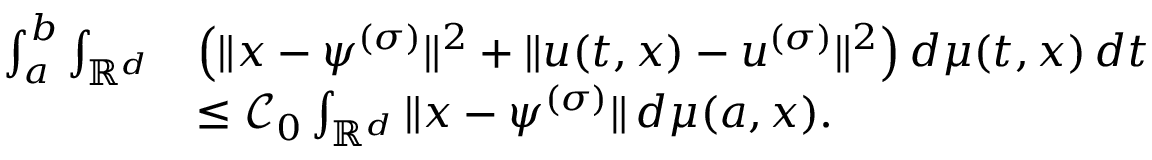
\begin{array} { r l } { \int _ { a } ^ { b } \int _ { \mathbb { R } ^ { d } } } & { \left( \| x - \psi ^ { ( \sigma ) } \| ^ { 2 } + \| u ( t , x ) - u ^ { ( \sigma ) } \| ^ { 2 } \right) d \mu ( t , x ) \, d t } \\ & { \leq { \mathcal C _ { 0 } } \int _ { \mathbb { R } ^ { d } } \| x - \psi ^ { ( \sigma ) } \| \, d \mu ( a , x ) . } \end{array}